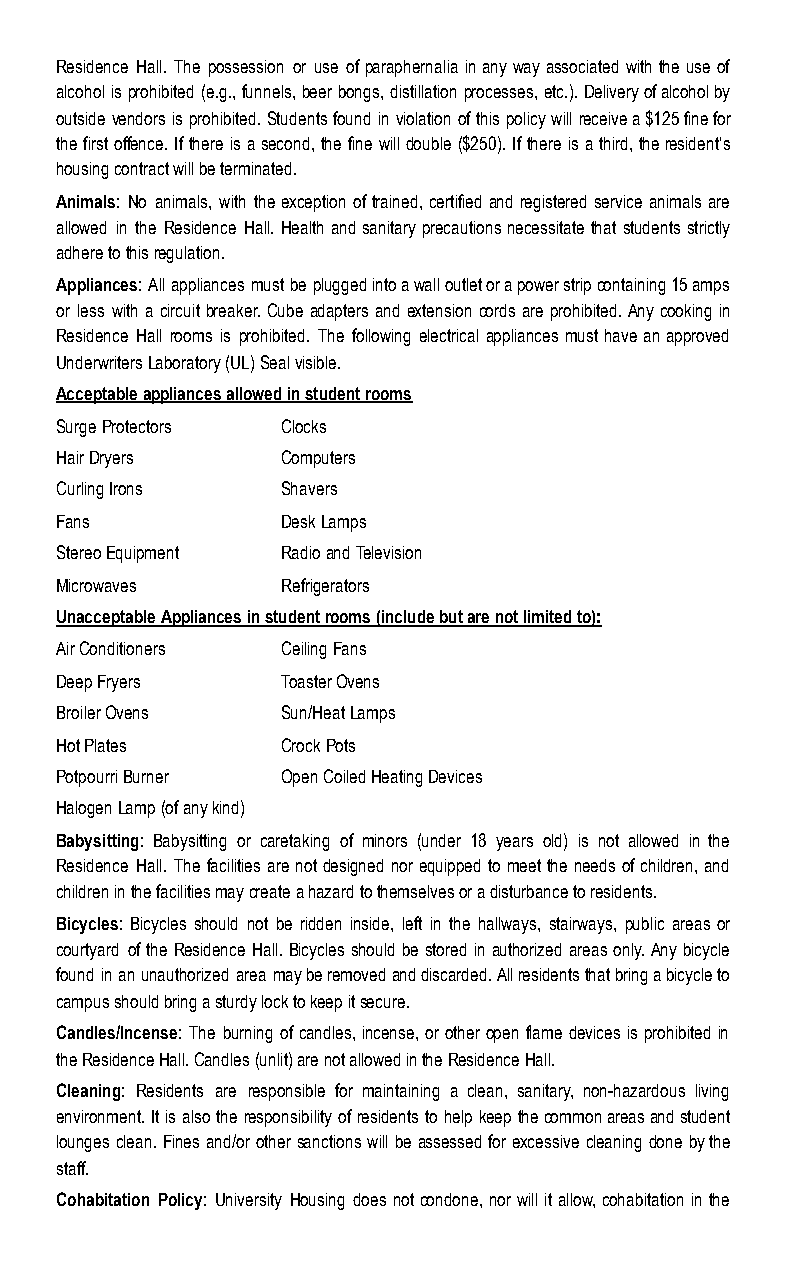
Residence Hall. The possession or use of paraphernalia in any way associated with the use of
 alcohol is prohibited (e.g., funnels, beer bongs, distillation processes, etc.). Delivery of alcohol by
 outside vendors is prohibited. Students found in violation of this policy will receive a $125 fine for
 the first offence. If there is a second, the fine will double ($250). If there is a third, the resident’s
 housing contract will be terminated.
 Animals: No animals, with the exception of trained, certified and registered service animals are
 allowed in the Residence Hall. Health and sanitary precautions necessitate that students strictly
 adhere to this regulation.
 Appliances : All appliances must be plugged into a wall outlet or a power strip containing 15 amps
 or less with a circuit breaker. Cube adapters and extension cords are prohibited. Any cooking in
 Residence Hall rooms is prohibited. The following electrical appliances must have an approved
 Underwriters Laboratory (UL) Seal visible.
 Acceptable appliances allowed in student rooms
 Surge Protectors Clocks
 Hair Dryers    Computers
 Curling Irons  Shavers
 Fans           Desk Lamps
 Stereo Equipment Radio and Television
 Microwaves     Refrigerators
 Unacceptable Appliances in student rooms (include but are not limited to):
 Air Conditioners Ceiling Fans
 Deep Fryers    Toaster Ovens
 Broiler Ovens  Sun/Heat Lamps
 Hot Plates     Crock Pots
 Potpourri Burner Open Coiled Heating Devices
 Halogen Lamp (of any kind)
 Babysitting : Babysitting or caretaking of minors (under 18 years old) is not allowed in the
 Residence Hall. The facilities are not designed nor equipped to meet the needs of children, and
 children in the facilities may create a hazard to themselves or a disturbance to residents.
 Bicycles: Bicycles should not be ridden inside, left in the hallways, stairways, public areas or
 courtyard of the Residence Hall. Bicycles should be stored in authorized areas only. Any bicycle
 found in an unauthorized area may be removed and discarded. All residents that bring a bicycle to
 campus should bring a sturdy lock to keep it secure.
 Candles/Incense: The burning of candles, incense, or other open flame devices is prohibited in
 the Residence Hall. Candles (unlit) are not allowed in the Residence Hall.
 Cleaning: Residents are responsible for maintaining a clean, sanitary, non-hazardous living
 environment. It is also the responsibility of residents to help keep the common areas and student
 lounges clean. Fines and/or other sanctions will be assessed for excessive cleaning done by the
 staff.
 Cohabitation Policy: University Housing does not condone, nor will it allow, cohabitation in the